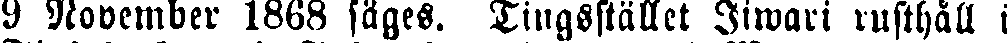
9 November 1868 säges. Tingsstället Iiwari rusthåll i